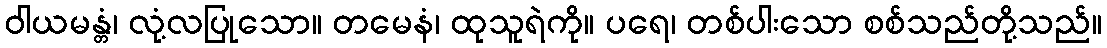
ဝါယမန္တံ၊ လုံ့လပြုသော။ တမေနံ၊ ထုသူရဲကို။ ပရေ၊ တစ်ပါးသော စစ်သည်တို့သည်။